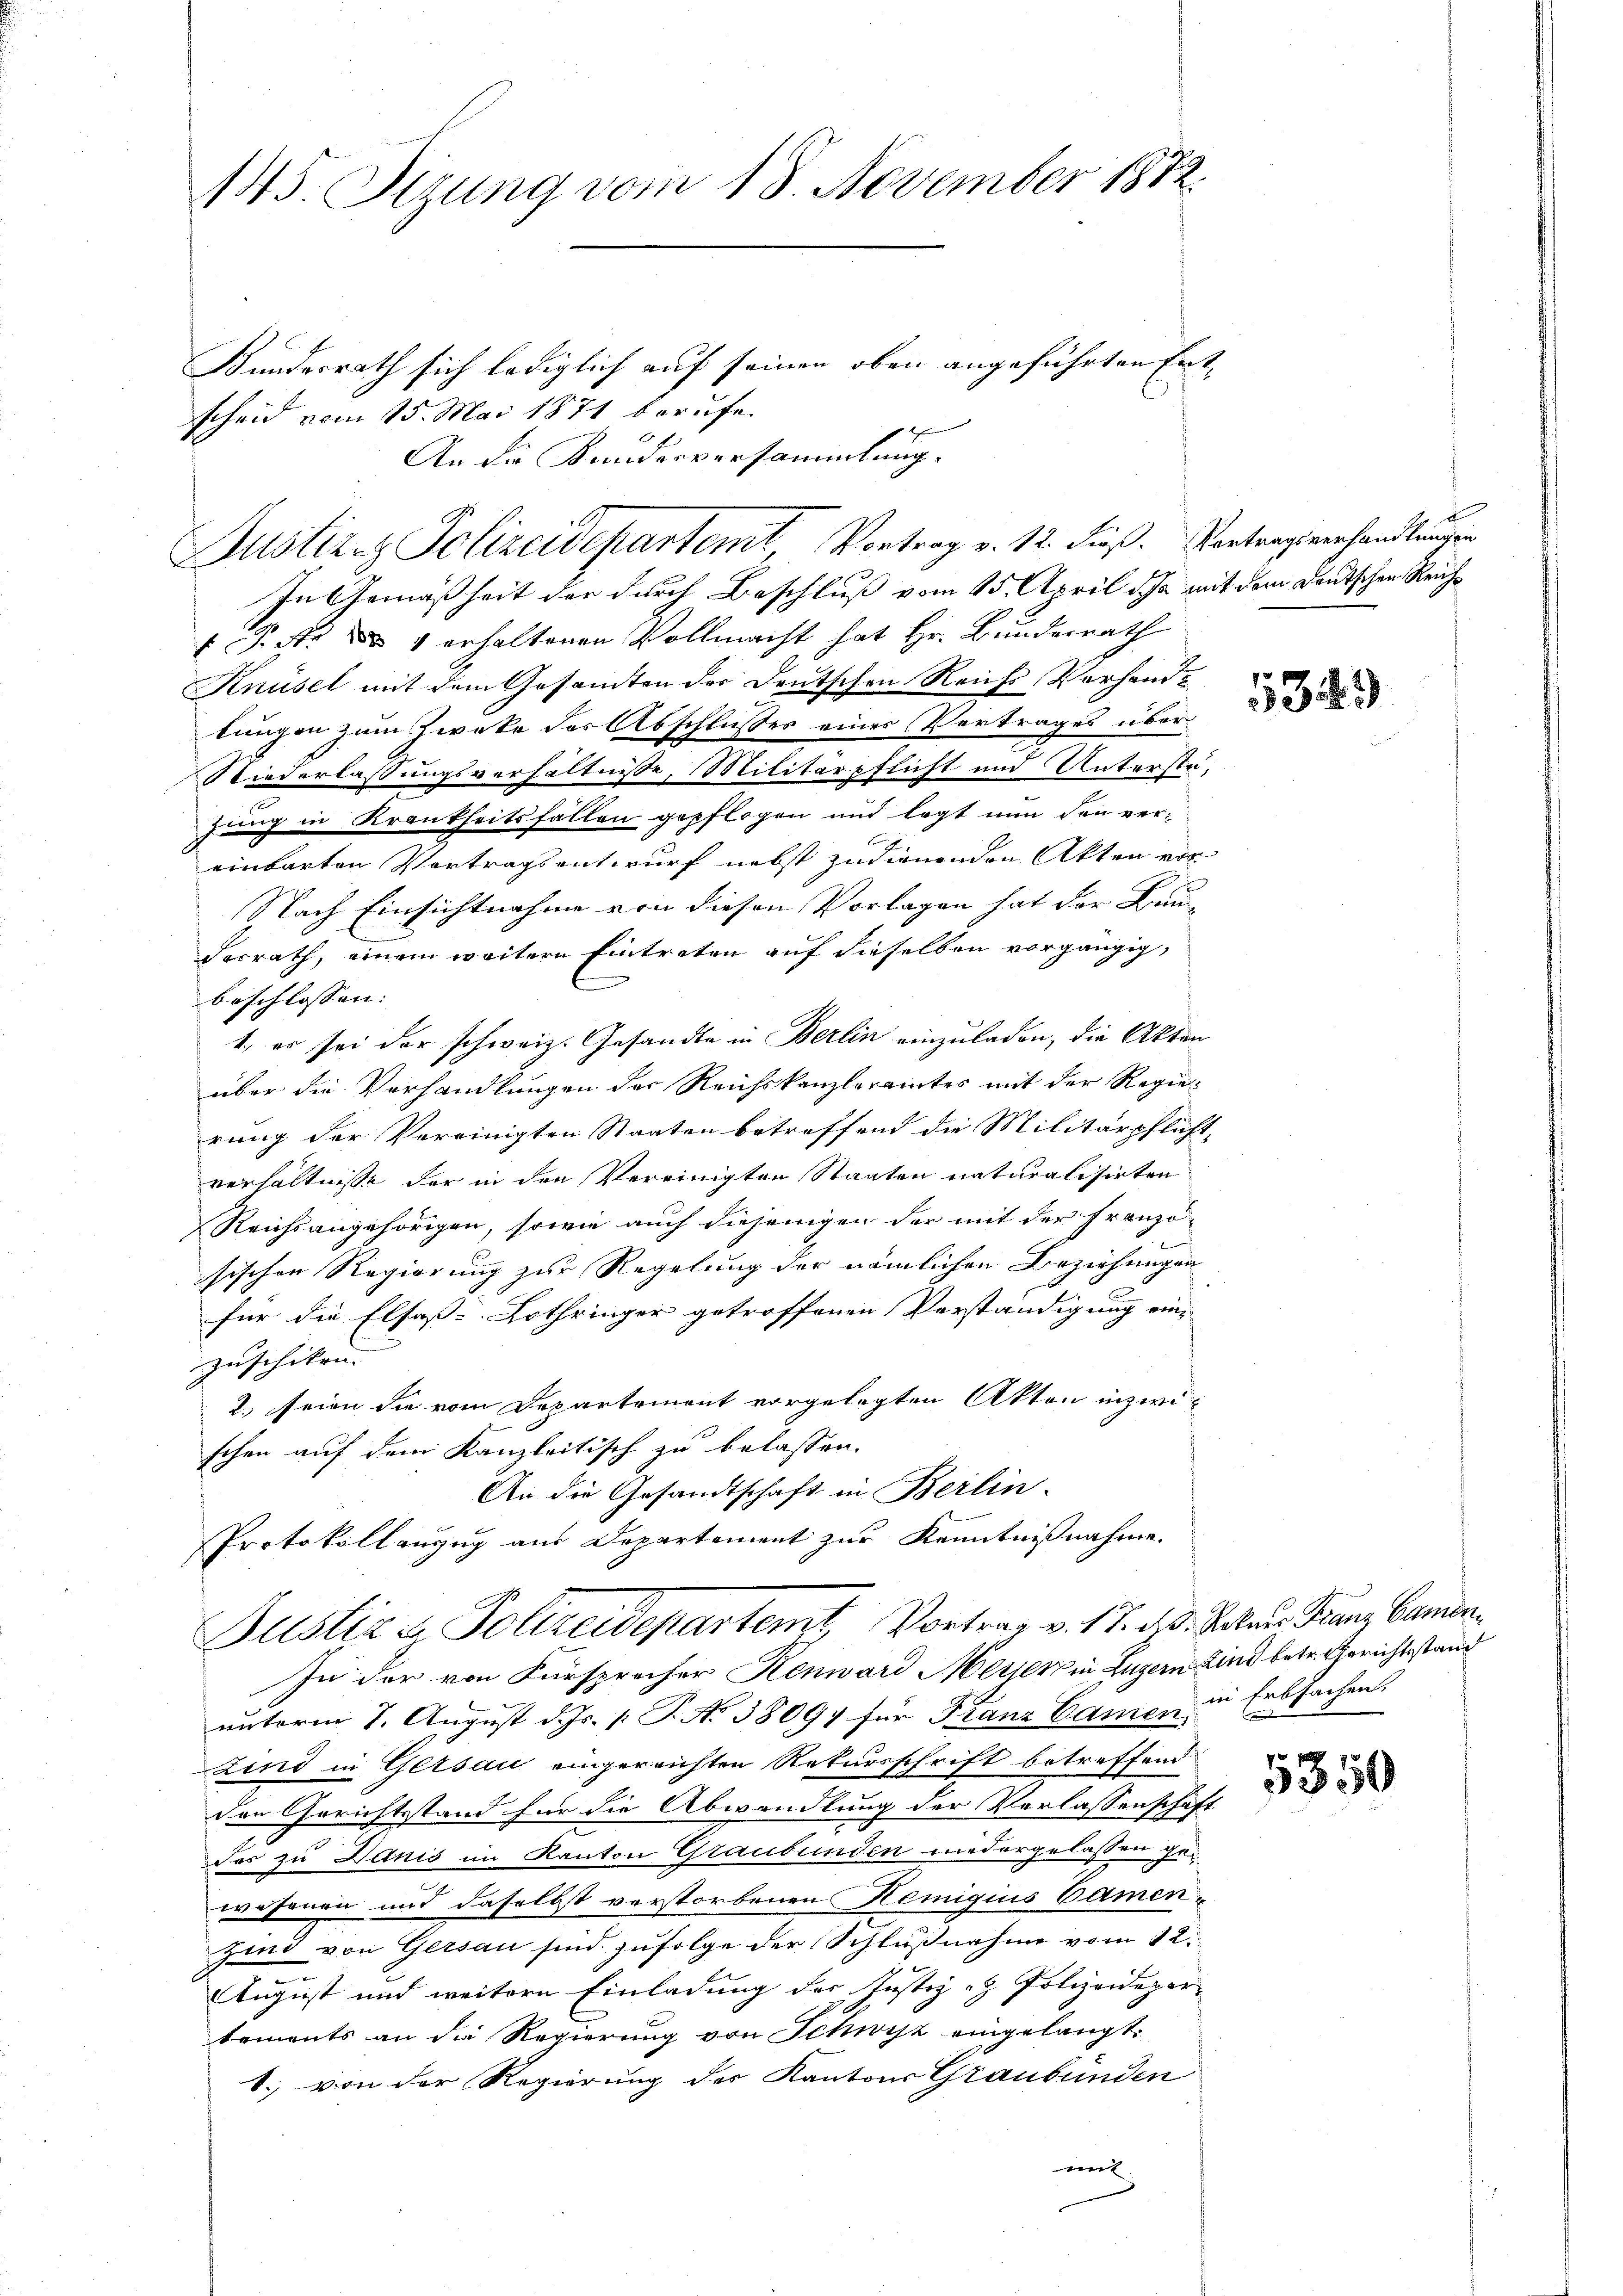
145. Sizung vom 18. November 1872.
Bundesrath sich lediglich auf seinen oben angeführten Entscheid vom 15. Mai 1871 berufe.

An die Kundesversammlung.

Justizcz Polizeidepartemt, Vortrag v. 12. dieß. Vortragsverhandlungen

In Gemäßheit der durch Beschluß vom 15. April da mit dem Deutschen Reich¬
 Fichte des 1 erhaltenen Vollmacht hat Hr. Bundesrath
Knüsel mit dem Gesamten der Deutschen Reichs Vorhandlungen zum Zweke des Abschlusses einer Vertrages über¬
Niederlassungsverhältnisse, Militärpflicht und Unterstazung in Krankheitsfällen gepflogen und legt nun den vereinbarten Vortragsentwurf nebst zudienenden Akten vor
Nach Einsichtnahme von diesen Vorlagen hat der Bau¬
Vorrath, einem weitere Eintreten auf dieselben vorgängig,
beschlossen: |
1., es sei der schweiz. Gesandte in Berlin einzuladen, die Akten
über die Verhandlungen der Reichskanzleramtes mit der Regierung der Vereinigten Staaten betreffend die Militärpflicht,
verhältnisse der in den Vereinigten Staaten naturalisirten
Reichsangehörigen, sowie auch diejenigen der mit der Franzö-
ch
sischen Regierung zur Regelung der nämlichen Beziehungen
für die Elsass-Lothringer getroffenen Verständigung ein-
zuschiken.
2.) seien die vom Departement vorgelegten Akten inzwischen auf dem Kanzleitisch zu belassen.
An die Gesandtschaft in Berlin-
Protokollanzug aus Departement zur Kenntnißnahme.

Justiz & Polizeidepartemt, Vortrag v. 17. d. Kakau Franz Camen¬

In der von Fürsprecher Renward Meiser in Luzern Kind betr. Gerichtsstand
unterm 7. August d. Js. p. T. N. 38097 für Franz Camen in Erbsachen
zind in Gersau eingereichten Rekursschrift betreffend
den Gerichtsstand für die Abwandlung der Verlassenschaft
Das zu Danis im Kanton Graubünden wiedergelassen gewesenen und daselbst verstorbenen Remigius Camen-
sind von Gersau sind zufolge der Schlußnahme vom 12.
August und weitere Einladung des Justiz- & Polizeidepar
tements an die Regierung von Schwyz eingelangt.
1. von der Regierung der Kantons Graubünden
mit

5349

5350